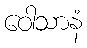
ဝေါသာနံ